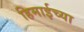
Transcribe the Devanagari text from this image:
हिमाईच्या